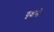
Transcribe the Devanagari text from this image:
वृक्षनो